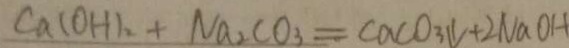
C a ( O H ) _ { 2 } + N a _ { 2 } C O _ { 3 } = C a C O _ { 3 } \downarrow + 2 N a O H